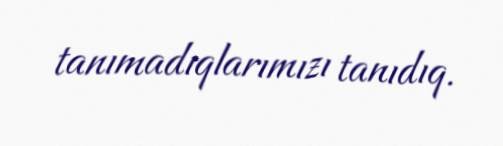
tanımadıqlarımızı tanıdıq.